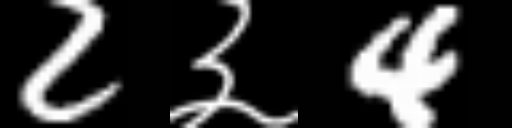
Text: 2३4